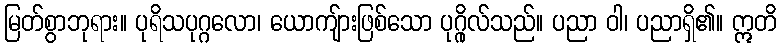
မြတ်စွာဘုရား။ ပုရိသပုဂ္ဂလော၊ ယောကျ်ားဖြစ်သော ပုဂ္ဂိုလ်သည်။ ပညာ ဝါ၊ ပညာရှိ၏။ ဣတိ